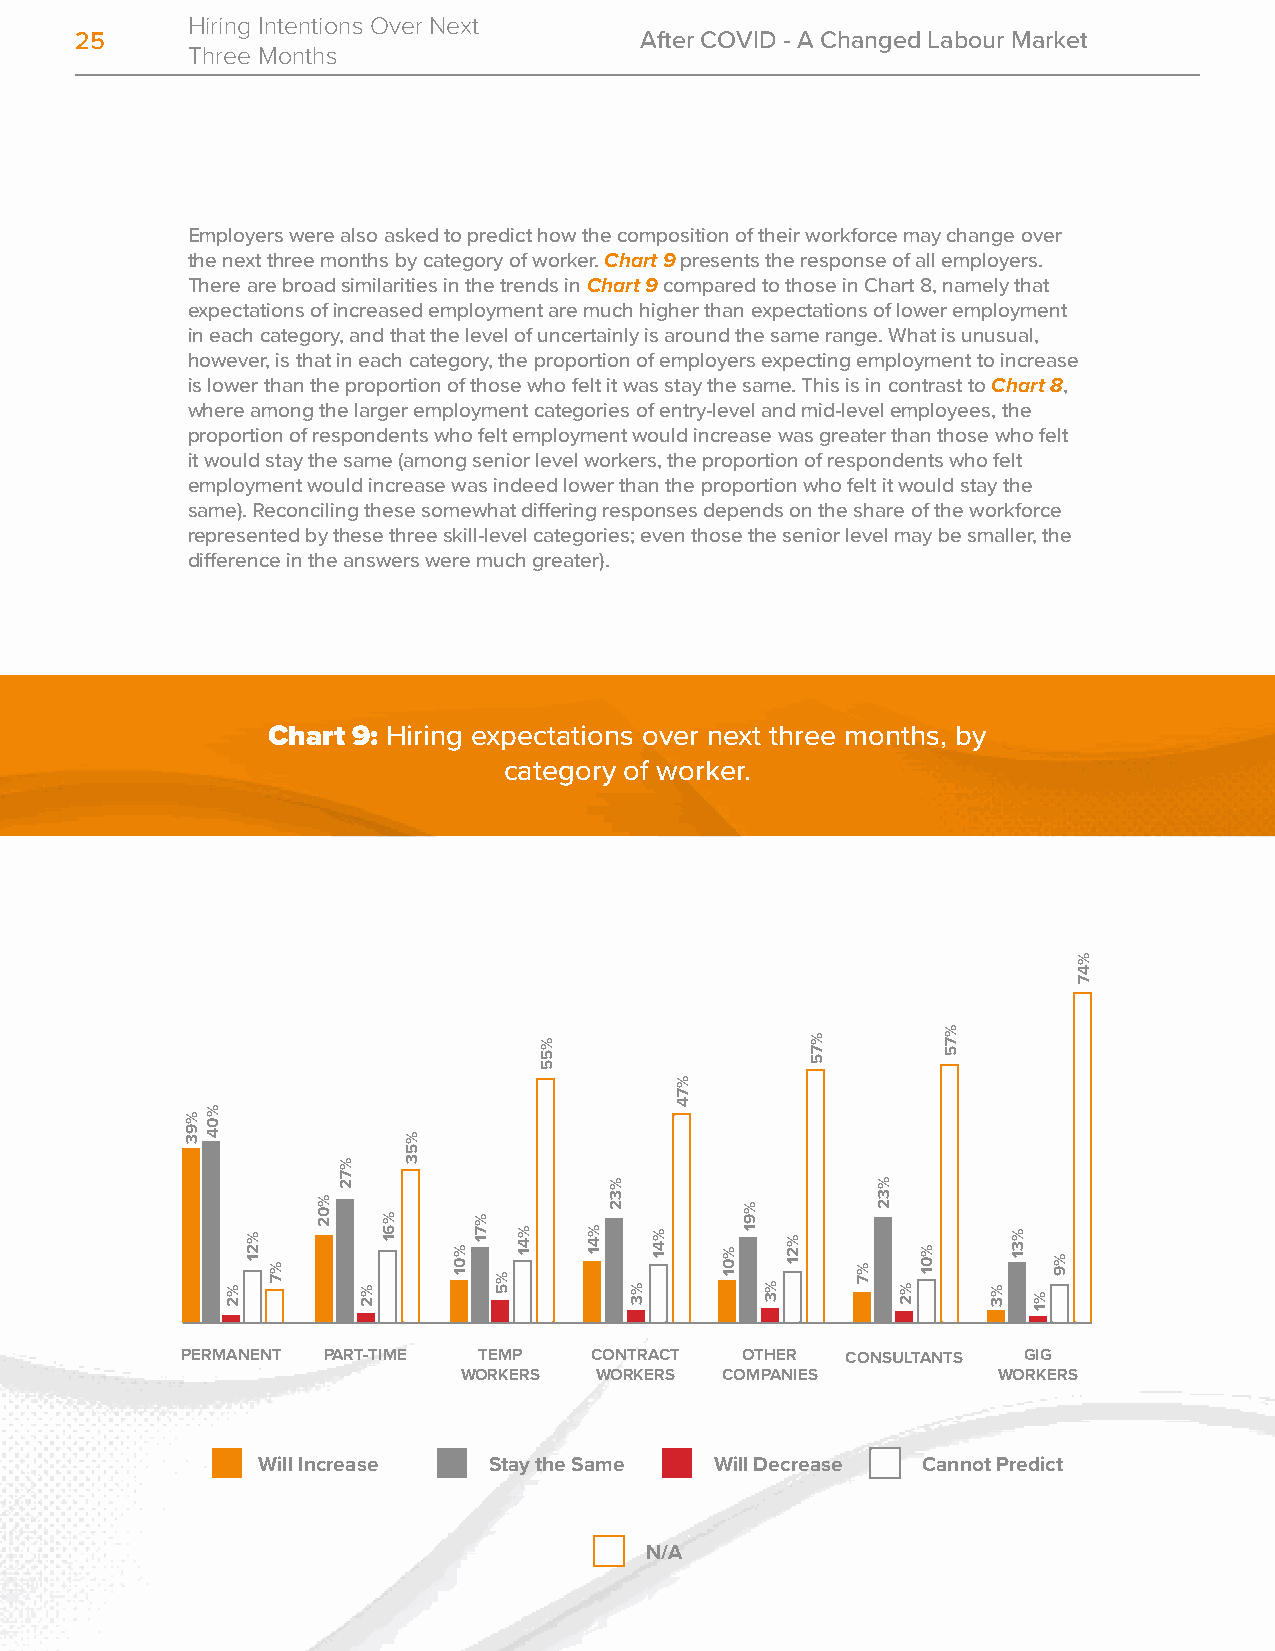
Hiring Intentions Over Next
 25                                   After COVID - A Changed Labour Market
 Three Months
 Employers were also asked to predict how the composition of their workforce may change over
 the next three months by category of worker. Chart 9 presents the response of all employers.
 There are broad similarities in the trends in Chart 9 compared to those in Chart 8, namely that
 expectations of increased employment are much higher than expectations of lower employment
 in each category, and that the level of uncertainly is around the same range. What is unusual,
 however, is that in each category, the proportion of employers expecting employment to increase
 is lower than the proportion of those who felt it was stay the same. This is in contrast to Chart 8,
 where among the larger employment categories of entry-level and mid-level employees, the
 proportion of respondents who felt employment would increase was greater than those who felt
 it would stay the same (among senior level workers, the proportion of respondents who felt
 employment would increase was indeed lower than the proportion who felt it would stay the
 same). Reconciling these somewhat differing responses depends on the share of the workforce
 represented by these three skill-level categories; even those the senior level may be smaller, the
 difference in the answers were much greater).
 Chart 9: Hiring expectations over next three months, by
 category of worker.
 PERMANENT PART-TIME TEMP   CONTRACT  OTHER  CONSULTANTS GIG
 WORKERS WORKERS  COMPANIES         WORKERS
 Will Increase  Stay the Same  Will Decrease Cannot Predict
 N/A
 %93
 %04
 %2
 %21
 %7
 %02
 %72
 %2
 %61
 %53
 %01
 %71
 %5
 %41
 %55
 %41
 %32
 %3
 %41
 %74
 %01
 %91
 %3
 %21
 %75
 %7
 %32
 %2
 %01
 %75
 %3
 %31
 %1
 %9
 %47